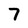
Character: 7